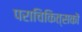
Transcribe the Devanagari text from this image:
पराचिकित्सकों